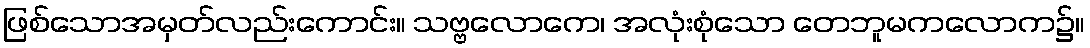
ဖြစ်သောအမှတ်လည်းကောင်း။ သဗ္ဗလောကေ၊ အလုံးစုံသော တေဘူမကလောက၌။